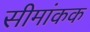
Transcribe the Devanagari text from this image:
सीमांकक